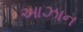
આઝાન